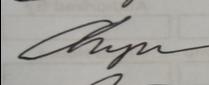
Signature authenticity: genuine